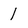
Character: 1